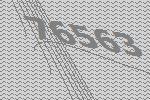
76563